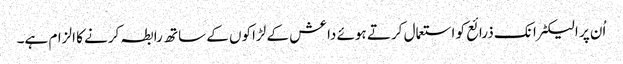
اُن پر الیکٹرانک ذرائع کو استعمال کرتے ہوئے داعش کے لڑاکوں کے ساتھ رابطہ کرنے کا الزام ہے۔